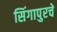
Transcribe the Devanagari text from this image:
सिंगापुरचे